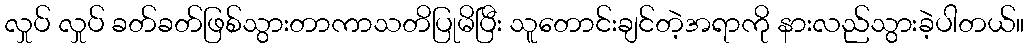
လှုပ် လှုပ် ခတ်ခတ်ဖြစ်သွားတာကာသတိပြုမိပြီး သူတောင်းချင်တဲ့အရာကို နားလည်သွားခဲ့ပါတယ်။